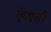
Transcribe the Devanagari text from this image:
ऐप्पसी